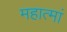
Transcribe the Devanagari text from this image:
महात्मां